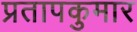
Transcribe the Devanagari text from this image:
प्रतापकुमार